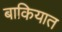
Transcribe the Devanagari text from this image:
बाकियात